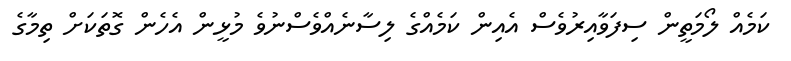
ކަމެއް ލޯމަތީން ސިފަވާއިރުވެސް އެއިން ކަމެއްގެ ލިސާނެއްވެސްނުވެ މުޅީން އެހެން ގޮތަކަށް ތިމާގެ